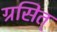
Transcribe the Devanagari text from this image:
ग्रसित्